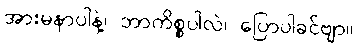
အားမနာပါနဲ့၊ ဘာကိစ္စပါလဲ၊ ပြောပါခင်ဗျာ။